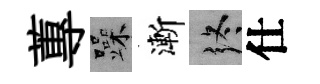
蓴躁漸终仕